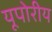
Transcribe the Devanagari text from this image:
यूपोरीय